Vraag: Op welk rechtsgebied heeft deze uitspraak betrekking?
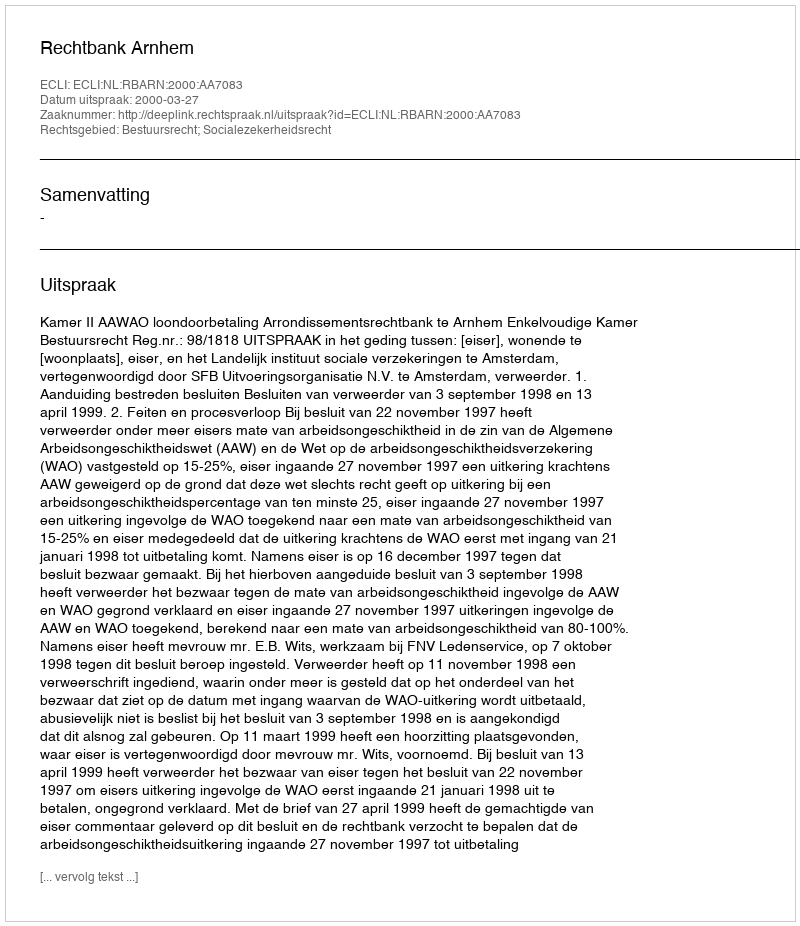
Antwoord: Bestuursrecht; Socialezekerheidsrecht